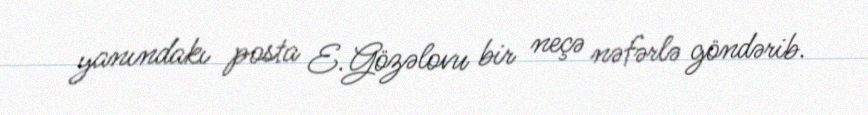
yanındakı posta E.Gözəlovu bir neçə nəfərlə göndərib.